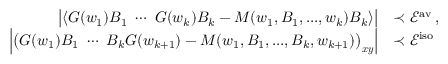
\begin{array} { r l } { \big \vert \langle G ( w _ { 1 } ) B _ { 1 } \ \cdots \ G ( w _ { k } ) B _ { k } - M ( w _ { 1 } , B _ { 1 } , . . . , w _ { k } ) B _ { k } \rangle \big \vert } & { \prec \mathcal { E } ^ { \mathrm { a v } } \, , } \\ { \left\vert \big ( G ( w _ { 1 } ) B _ { 1 } \ \cdots \ B _ { k } G ( w _ { k + 1 } ) - M ( w _ { 1 } , B _ { 1 } , . . . , B _ { k } , w _ { k + 1 } ) \big ) _ { \boldsymbol { x } \boldsymbol { y } } \right\vert } & { \prec \mathcal { E } ^ { \mathrm { i s o } } } \end{array}